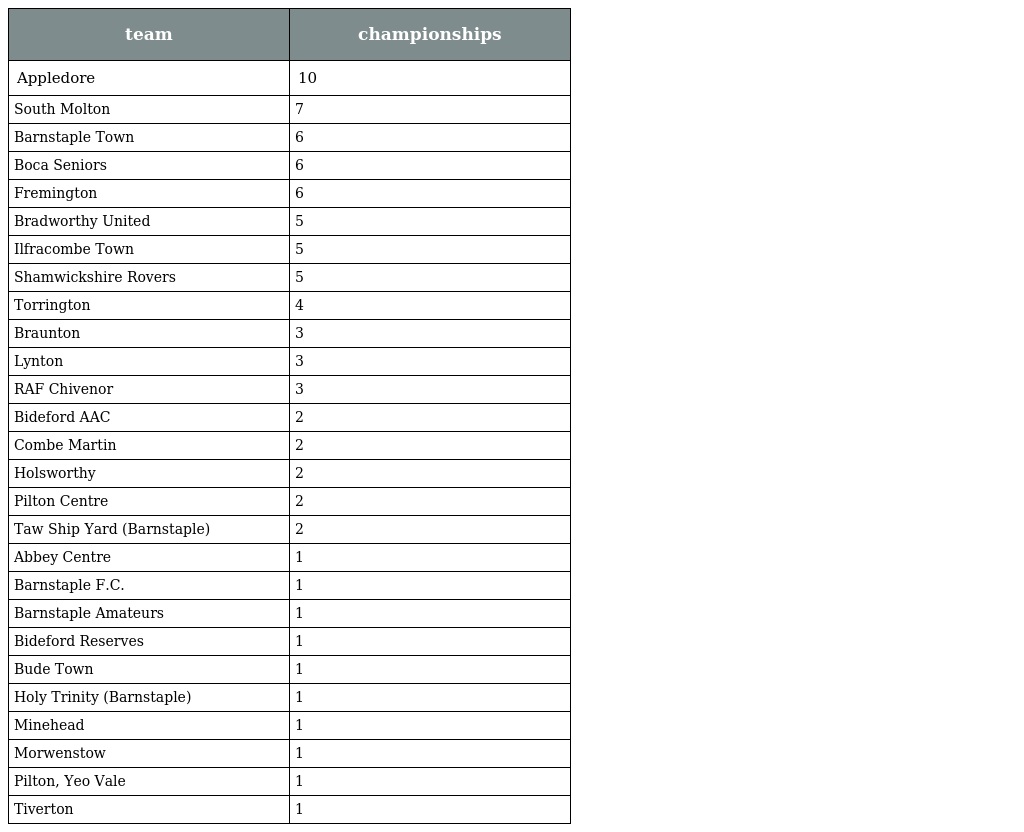
| team | championships |
 | --- | --- |
 | Appledore | 10 |
 | South Molton | 7 |
 | Barnstaple Town | 6 |
 | Boca Seniors | 6 |
 | Fremington | 6 |
 | Bradworthy United | 5 |
 | Ilfracombe Town | 5 |
 | Shamwickshire Rovers | 5 |
 | Torrington | 4 |
 | Braunton | 3 |
 | Lynton | 3 |
 | RAF Chivenor | 3 |
 | Bideford AAC | 2 |
 | Combe Martin | 2 |
 | Holsworthy | 2 |
 | Pilton Centre | 2 |
 | Taw Ship Yard (Barnstaple) | 2 |
 | Abbey Centre | 1 |
 | Barnstaple F.C. | 1 |
 | Barnstaple Amateurs | 1 |
 | Bideford Reserves | 1 |
 | Bude Town | 1 |
 | Holy Trinity (Barnstaple) | 1 |
 | Minehead | 1 |
 | Morwenstow | 1 |
 | Pilton, Yeo Vale | 1 |
 | Tiverton | 1 |